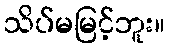
သိပ်မမြင့်ဘူး။